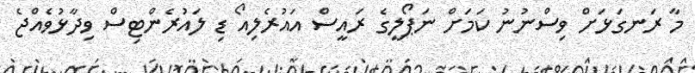
މާ ރަނގަޅަށް ވިސްނުނު ކަމަށް ނަޕޯލީގެ ރައީސް އައުރެލިއޯ ޑި ލައުރެންޓިސް ވިދާޅުވެއްޖެ